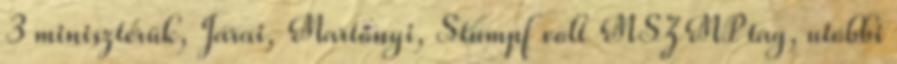
3 miniszterük, Járai, Martonyi, Stumpf volt MSZMP tag, utóbbi